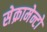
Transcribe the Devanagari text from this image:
सेक्रामेन्टो